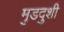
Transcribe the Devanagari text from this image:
मुडदुशी